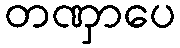
တဏှာပေ